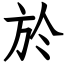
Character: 於